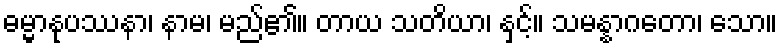
ဓမ္မာနုပဿနာ၊ နာမ၊ မည်၏။ တာယ သတိယာ၊ နှင့်။ သမန္နာဂတော၊ သော။